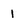
Character: 1